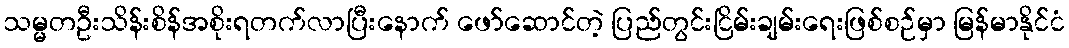
သမ္မတဦးသိန်းစိန်အစိုးရတက်လာပြီးနောက် ဖော်ဆောင်တဲ့ ပြည်တွင်းငြိမ်းချမ်းရေးဖြစ်စဉ်မှာ မြန်မာနိုင်ငံ